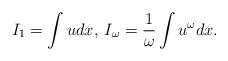
LaTeX: \begin{align*}I_1=\int udx,\:I_\omega=\frac 1{\omega}\int u^{\omega}dx.\end{align*}